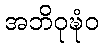
အဘိဝုဍ္ဎံဝ